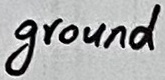
Text: ground